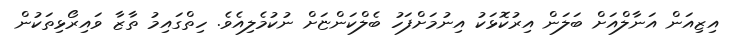
އިޒިއަން އަނާލްއަށް ބަލަން އިރުކޮޅަކު އިނުމަށްފަހު ބެލްކަންޏަށް ނުކުމެލިއެވެ. ހިތްގައިމު ތާޒާ ވައިރޯޅިތަކުން